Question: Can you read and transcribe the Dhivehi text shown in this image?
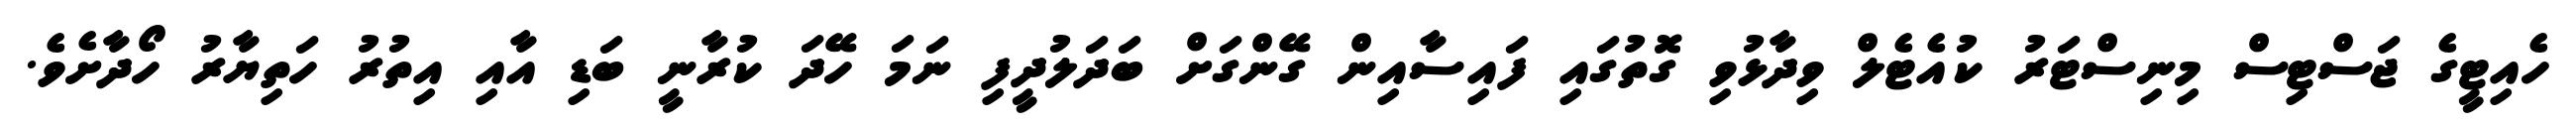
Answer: ހެއިޓީގެ ޖަސްޓިސް މިނިސްޓަރު ކުއެޓެލް ވިދާޅުވި ގޮތުގައި ފައިސާއިން ގޭންގަށް ބަދަލުދީފި ނަމަ ހޭދަ ކުރާނީ ބަޑި އާއި އިތުރު ހަތިޔާރު ހޯދާށެވެ.